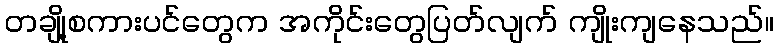
တချို့စကားပင်တွေက အကိုင်းတွေပြတ်လျက် ကျိုးကျနေသည်။